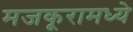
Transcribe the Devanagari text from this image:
मजकूरामध्ये